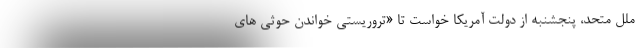
ملل متحد، پنجشنبه از دولت آمریکا خواست تا «تروریستی خواندن حوثی های